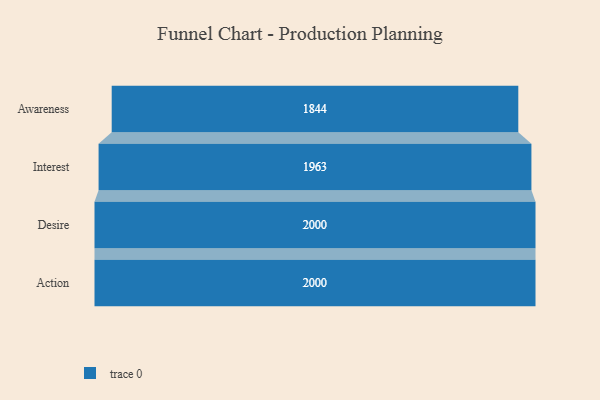
{"axis": {"x": "Stage", "y": "Value"}, "legend": [""], "data": [{"x": "Awareness", "y": 1844.0, "type": ""}, {"x": "Interest", "y": 1963.0, "type": ""}, {"x": "Desire", "y": 2000, "type": ""}, {"x": "Action", "y": 2000, "type": ""}]}